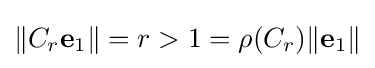
\|C_{r}\mathbf {e} _{1}\|=r>1=\rho (C_{r})\|\mathbf {e} _{1}\|